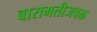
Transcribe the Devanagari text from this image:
बारामतीजवळ